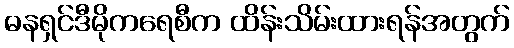
ဓနရှင်ဒီမိုကရေစီက ထိန်းသိမ်းထားရန်အတွက်